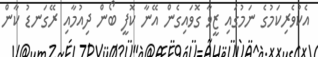
އެކުވެރިކަމުގެ ނަމުގައި ޒީވާ ގޮވައިގެން އޭނާ ކޮފީ ބޯން ދިއުމާއި ރޭގަނޑު ކާން